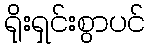
ရိုးရှင်းစွာပင်